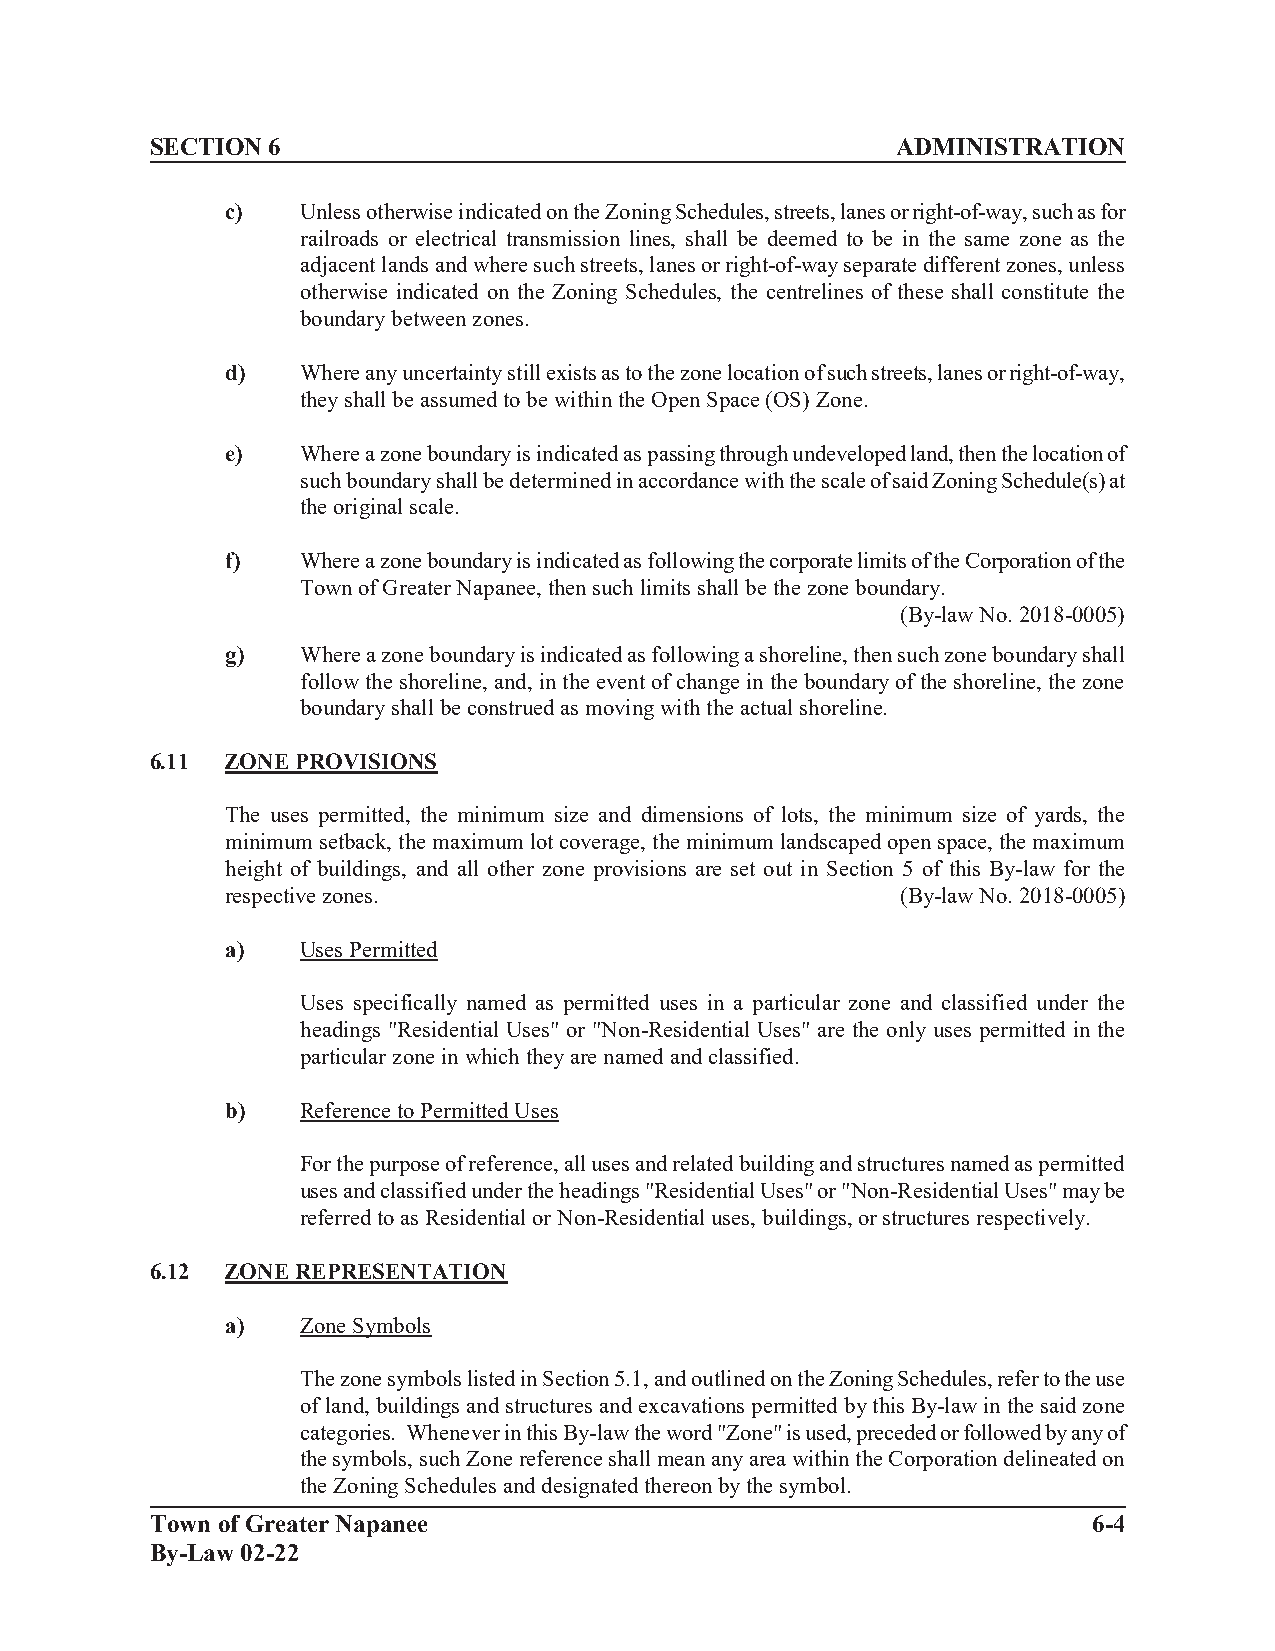
SECTION 6                                        ADMINISTRATION
 c)   Unless otherwise indicated on the Zoning Schedules, streets, lanes or right-of-way, such as for
 railroads or electrical transmission lines, shall be deemed to be in the same zone as the
 adjacent lands and where such streets, lanes or right-of-way separate different zones, unless
 otherwise indicated on the Zoning Schedules, the centrelines of these shall constitute the
 boundary between zones.
 d)   Where any uncertainty still exists as to the zone location of such streets, lanes or right-of-way,
 they shall be assumed to be within the Open Space (OS) Zone.
 e)   Where a zone boundary is indicated as passing through undeveloped land, then the location of
 such boundary shall be determined in accordance with the scale of said Zoning Schedule(s) at
 the original scale.
 f)   Where a zone boundary is indicated as following the corporate limits of the Corporation of the
 Town of Greater Napanee, then such limits shall be the zone boundary.
 (By-law No. 2018-0005)
 g)   Where a zone boundary is indicated as following a shoreline, then such zone boundary shall
 follow the shoreline, and, in the event of change in the boundary of the shoreline, the zone
 boundary shall be construed as moving with the actual shoreline.
 6.11 ZONE PROVISIONS
 The uses permitted, the minimum size and dimensions of lots, the minimum size of yards, the
 minimum setback, the maximum lot coverage, the minimum landscaped open space, the maximum
 height of buildings, and all other zone provisions are set out in Section 5 of this By-law for the
 respective zones.                            (By-law No. 2018-0005)
 a)   Uses Permitted
 Uses specifically named as permitted uses in a particular zone and classified under the
 headings "Residential Uses" or "Non-Residential Uses" are the only uses permitted in the
 particular zone in which they are named and classified.
 b)   Reference to Permitted Uses
 For the purpose of reference, all uses and related building and structures named as permitted
 uses and classified under the headings "Residential Uses" or "Non-Residential Uses" may be
 referred to as Residential or Non-Residential uses, buildings, or structures respectively.
 6.12 ZONE REPRESENTATION
 a)   Zone Symbols
 The zone symbols listed in Section 5.1, and outlined on the Zoning Schedules, refer to the use
 of land, buildings and structures and excavations permitted by this By-law in the said zone
 categories. Whenever in this By-law the word "Zone" is used, preceded or followed by any of
 the symbols, such Zone reference shall mean any area within the Corporation delineated on
 the Zoning Schedules and designated thereon by the symbol.
 Town of Greater Napanee                                       6-4
 By-Law 02-22